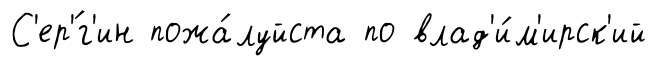
С'ер'́г'ин пожа́луйста по влад'и́м'ирск'ий